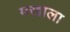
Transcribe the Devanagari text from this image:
मखाला